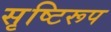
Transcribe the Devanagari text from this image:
सृष्टिरूप